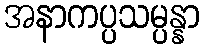
အနာကပ္ပသမ္ပန္နာ